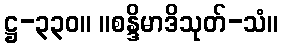
ဋ္ဌ-၃၃၀။ ။စန္ဒိမာဒိသုတ်-သံ။